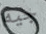
جيه